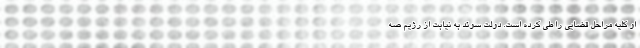
او کلیه مراحل قضایی را طی کرده است. دولت سوئد به نیابت از رژیم صه